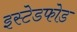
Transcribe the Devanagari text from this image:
इस्टेडफोड